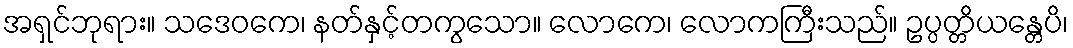
အရှင်ဘုရား။ သဒေဝကေ၊ နတ်နှင့်တကွသော။ လောကေ၊ လောကကြီးသည်။ ဥပ္ပတ္တိယန္တေပိ၊